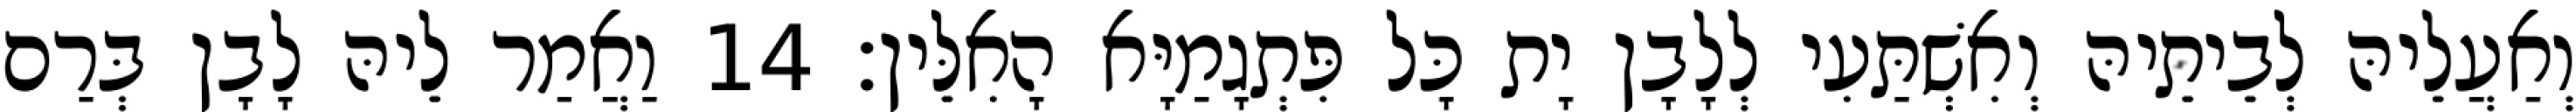
וְאַעֲלֵיהּ לְבֵיתֵיהּ וְאִשְׁתַּעִי לְלָבָן יָת כָּל פִּתְגָמַיָּא הָאִלֵּין׃ 14 וַאֲמַר לֵיהּ לָבָן בְּרַם